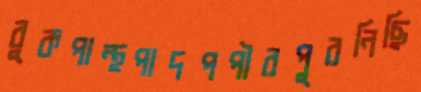
বুকপান্থপাদপপীরপুরনিছি